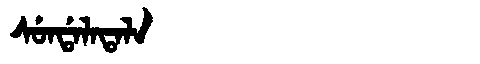
Manchu: ᠰᡠᠨᡩᠠᠯᠠᡨᠠᠯᠠ
Romanization: SUNDALATALA